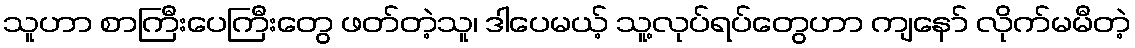
သူဟာ စာကြီးပေကြီးတွေ ဖတ်တဲ့သူ၊ ဒါပေမယ့် သူ့လုပ်ရပ်တွေဟာ ကျနော် လိုက်မမီတဲ့